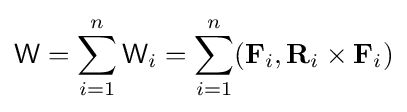
{\mathsf {W}}=\sum _{i=1}^{n}{\mathsf {W}}_{i}=\sum _{i=1}^{n}(\mathbf {F} _{i},\mathbf {R} _{i}\times \mathbf {F} _{i})